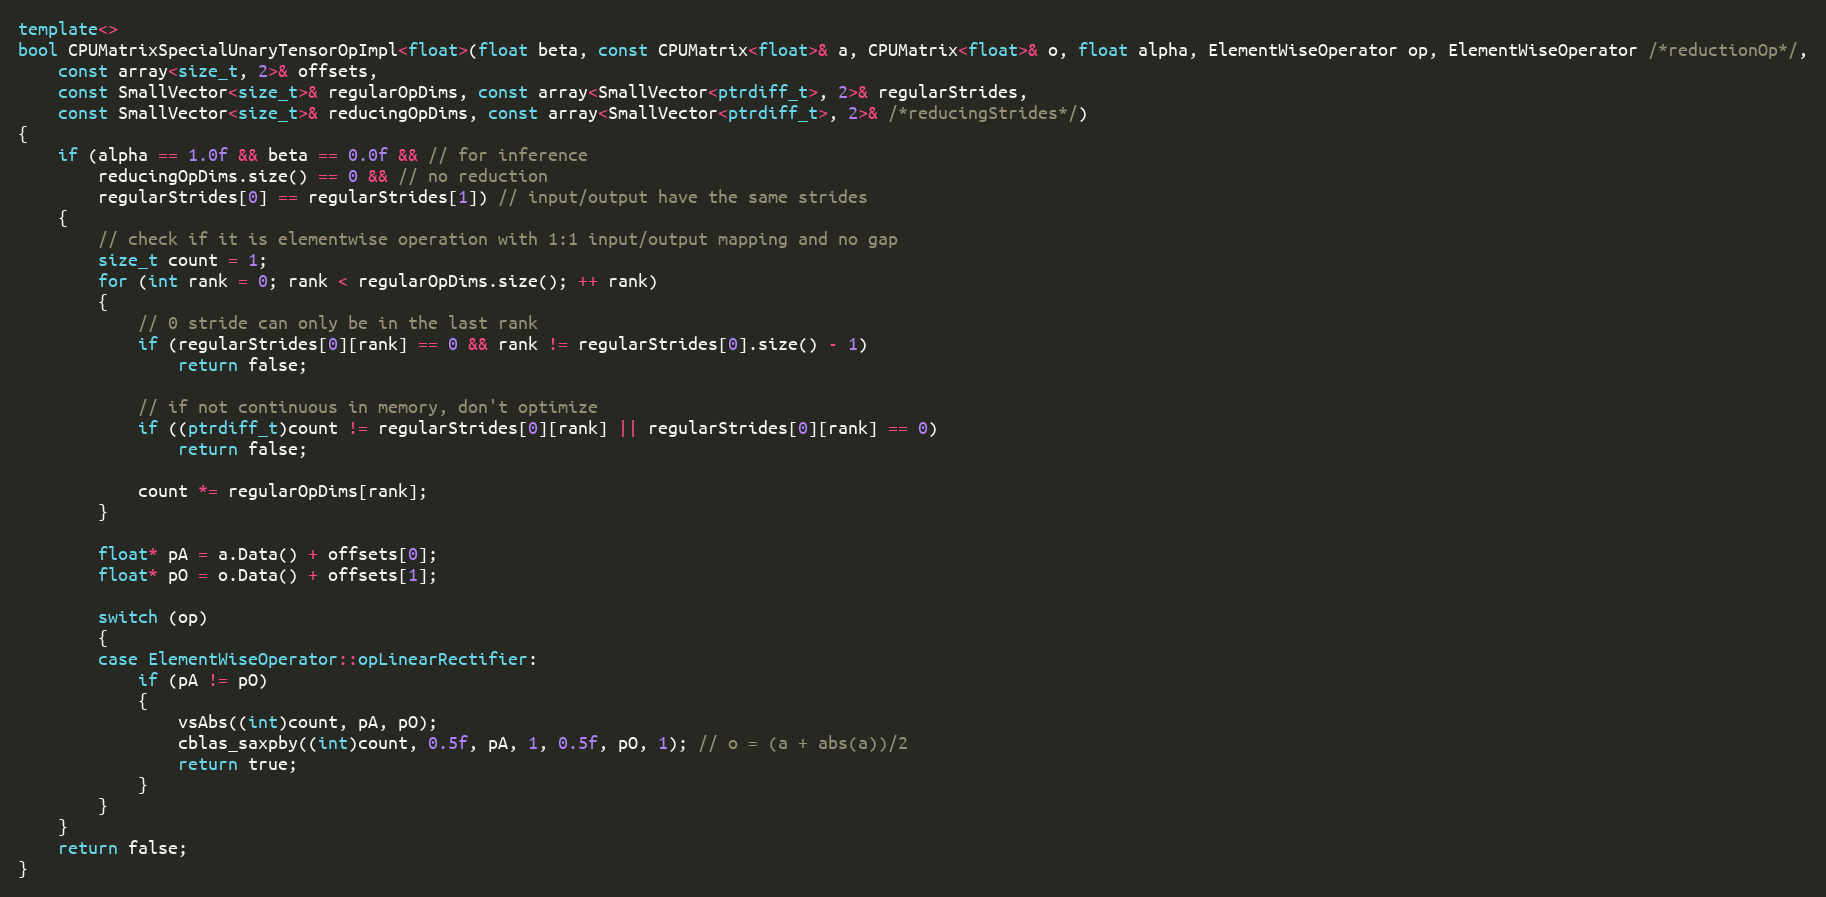
Language: C++
template<>
bool CPUMatrixSpecialUnaryTensorOpImpl<float>(float beta, const CPUMatrix<float>& a, CPUMatrix<float>& o, float alpha, ElementWiseOperator op, ElementWiseOperator /*reductionOp*/,
    const array<size_t, 2>& offsets,
    const SmallVector<size_t>& regularOpDims, const array<SmallVector<ptrdiff_t>, 2>& regularStrides,
    const SmallVector<size_t>& reducingOpDims, const array<SmallVector<ptrdiff_t>, 2>& /*reducingStrides*/)
{
    if (alpha == 1.0f && beta == 0.0f && // for inference
        reducingOpDims.size() == 0 && // no reduction
        regularStrides[0] == regularStrides[1]) // input/output have the same strides
    {
        // check if it is elementwise operation with 1:1 input/output mapping and no gap
        size_t count = 1;
        for (int rank = 0; rank < regularOpDims.size(); ++ rank)
        {
            // 0 stride can only be in the last rank
            if (regularStrides[0][rank] == 0 && rank != regularStrides[0].size() - 1)
                return false;

            // if not continuous in memory, don't optimize
            if ((ptrdiff_t)count != regularStrides[0][rank] || regularStrides[0][rank] == 0)
                return false;

            count *= regularOpDims[rank];
        }

        float* pA = a.Data() + offsets[0];
        float* pO = o.Data() + offsets[1];

        switch (op)
        {
        case ElementWiseOperator::opLinearRectifier:
            if (pA != pO)
            {
                vsAbs((int)count, pA, pO);
                cblas_saxpby((int)count, 0.5f, pA, 1, 0.5f, pO, 1); // o = (a + abs(a))/2
                return true;
            }
        }
    }
    return false;
}